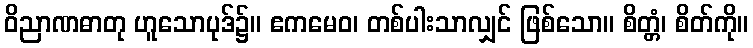
ဝိညာဏဓာတု ဟူသောပုဒ်၌။ ဧကမေဝ၊ တစ်ပါးသာလျှင် ဖြစ်သော။ စိတ္တံ၊ စိတ်ကို။